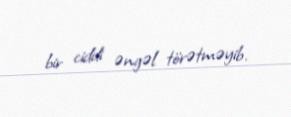
bir ciddi əngəl törətməyib.